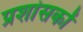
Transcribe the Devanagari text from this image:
प्रशांसकों